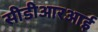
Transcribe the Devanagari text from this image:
सीडीआरआई